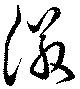
徽